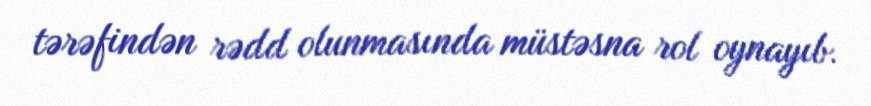
tərəfindən rədd olunmasında müstəsna rol oynayıb.